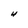
Character: 4